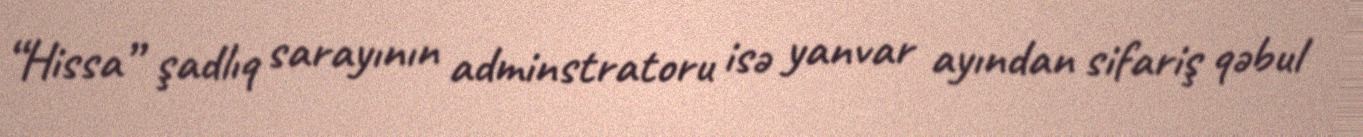
“Hissa” şadlıq sarayının adminstratoru isə yanvar ayından sifariş qəbul